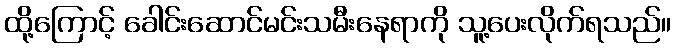
ထို့ကြောင့် ခေါင်းဆောင်မင်းသမီးနေရာကို သူ့ပေးလိုက်ရသည်။